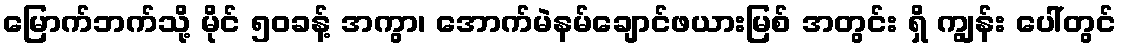
မြောက်ဘက်သို့ မိုင် ၅၀ခန့် အကွာ၊ အောက်မဲနမ်ချောင်ဖယားမြစ် အတွင်း ရှိ ကျွန်း ပေါ်တွင်